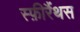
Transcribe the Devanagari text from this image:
स्फ़ीरैंथस